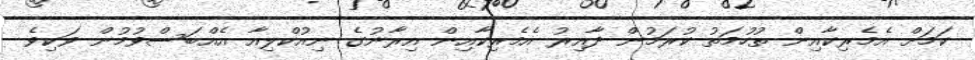
ކަމަށް އެމެރިކާއިން ތުހުމަތު ކުރަމުން ދާއިރު އެމެރިކާއިން އިރާނުގެ ނިއުކްލިއާ އެއްބަސްވުމުން ވަކިވެ